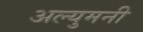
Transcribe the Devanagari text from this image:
अल्युमनी